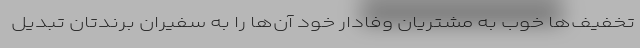
تخفیف‌ها خوب به مشتریان وفادار خود آن‌ها را به سفیران برندتان تبدیل